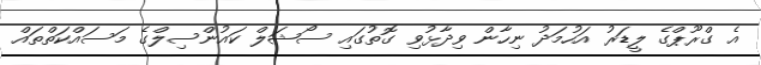
އެ ގްރޫޕްގެ ލީޑަރު އަހުމަދު ނިހާން ވިދާޅުވި ގޮތުގައި ސޯޝަލް ކައުންސިލްގެ މަސައްކަތްތައް